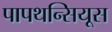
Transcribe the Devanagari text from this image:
पापथन्सियूस